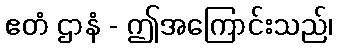
ဧတံ ဌာနံ - ဤအကြောင်းသည်၊